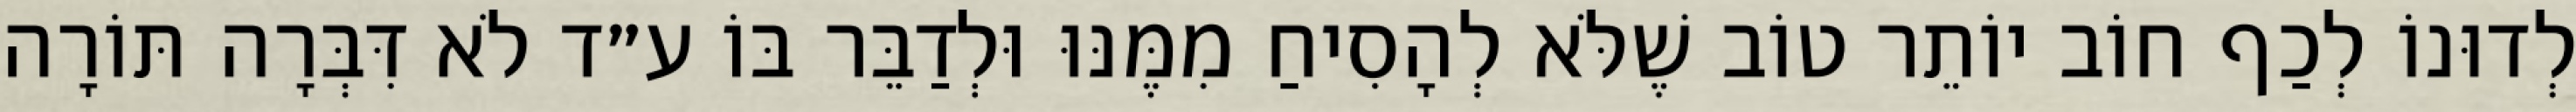
לְדוּנוֹ לְכַף חוֹב יוֹתֵר טוֹב שֶׁלֹּא לְהָסִיחַ מִמֶּנּוּ וּלְדַבֵּר בּוֹ ע״ד לֹא דִּבְּרָה תּוֹרָה